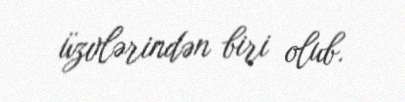
üzvlərindən biri olub.